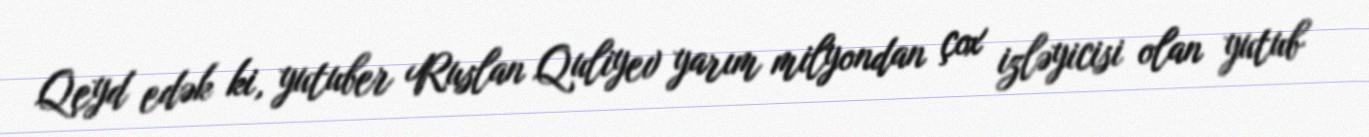
Qeyd edək ki, yutuber Ruslan Quliyev yarım milyondan çox izləyicisi olan yutub